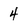
Character: 4